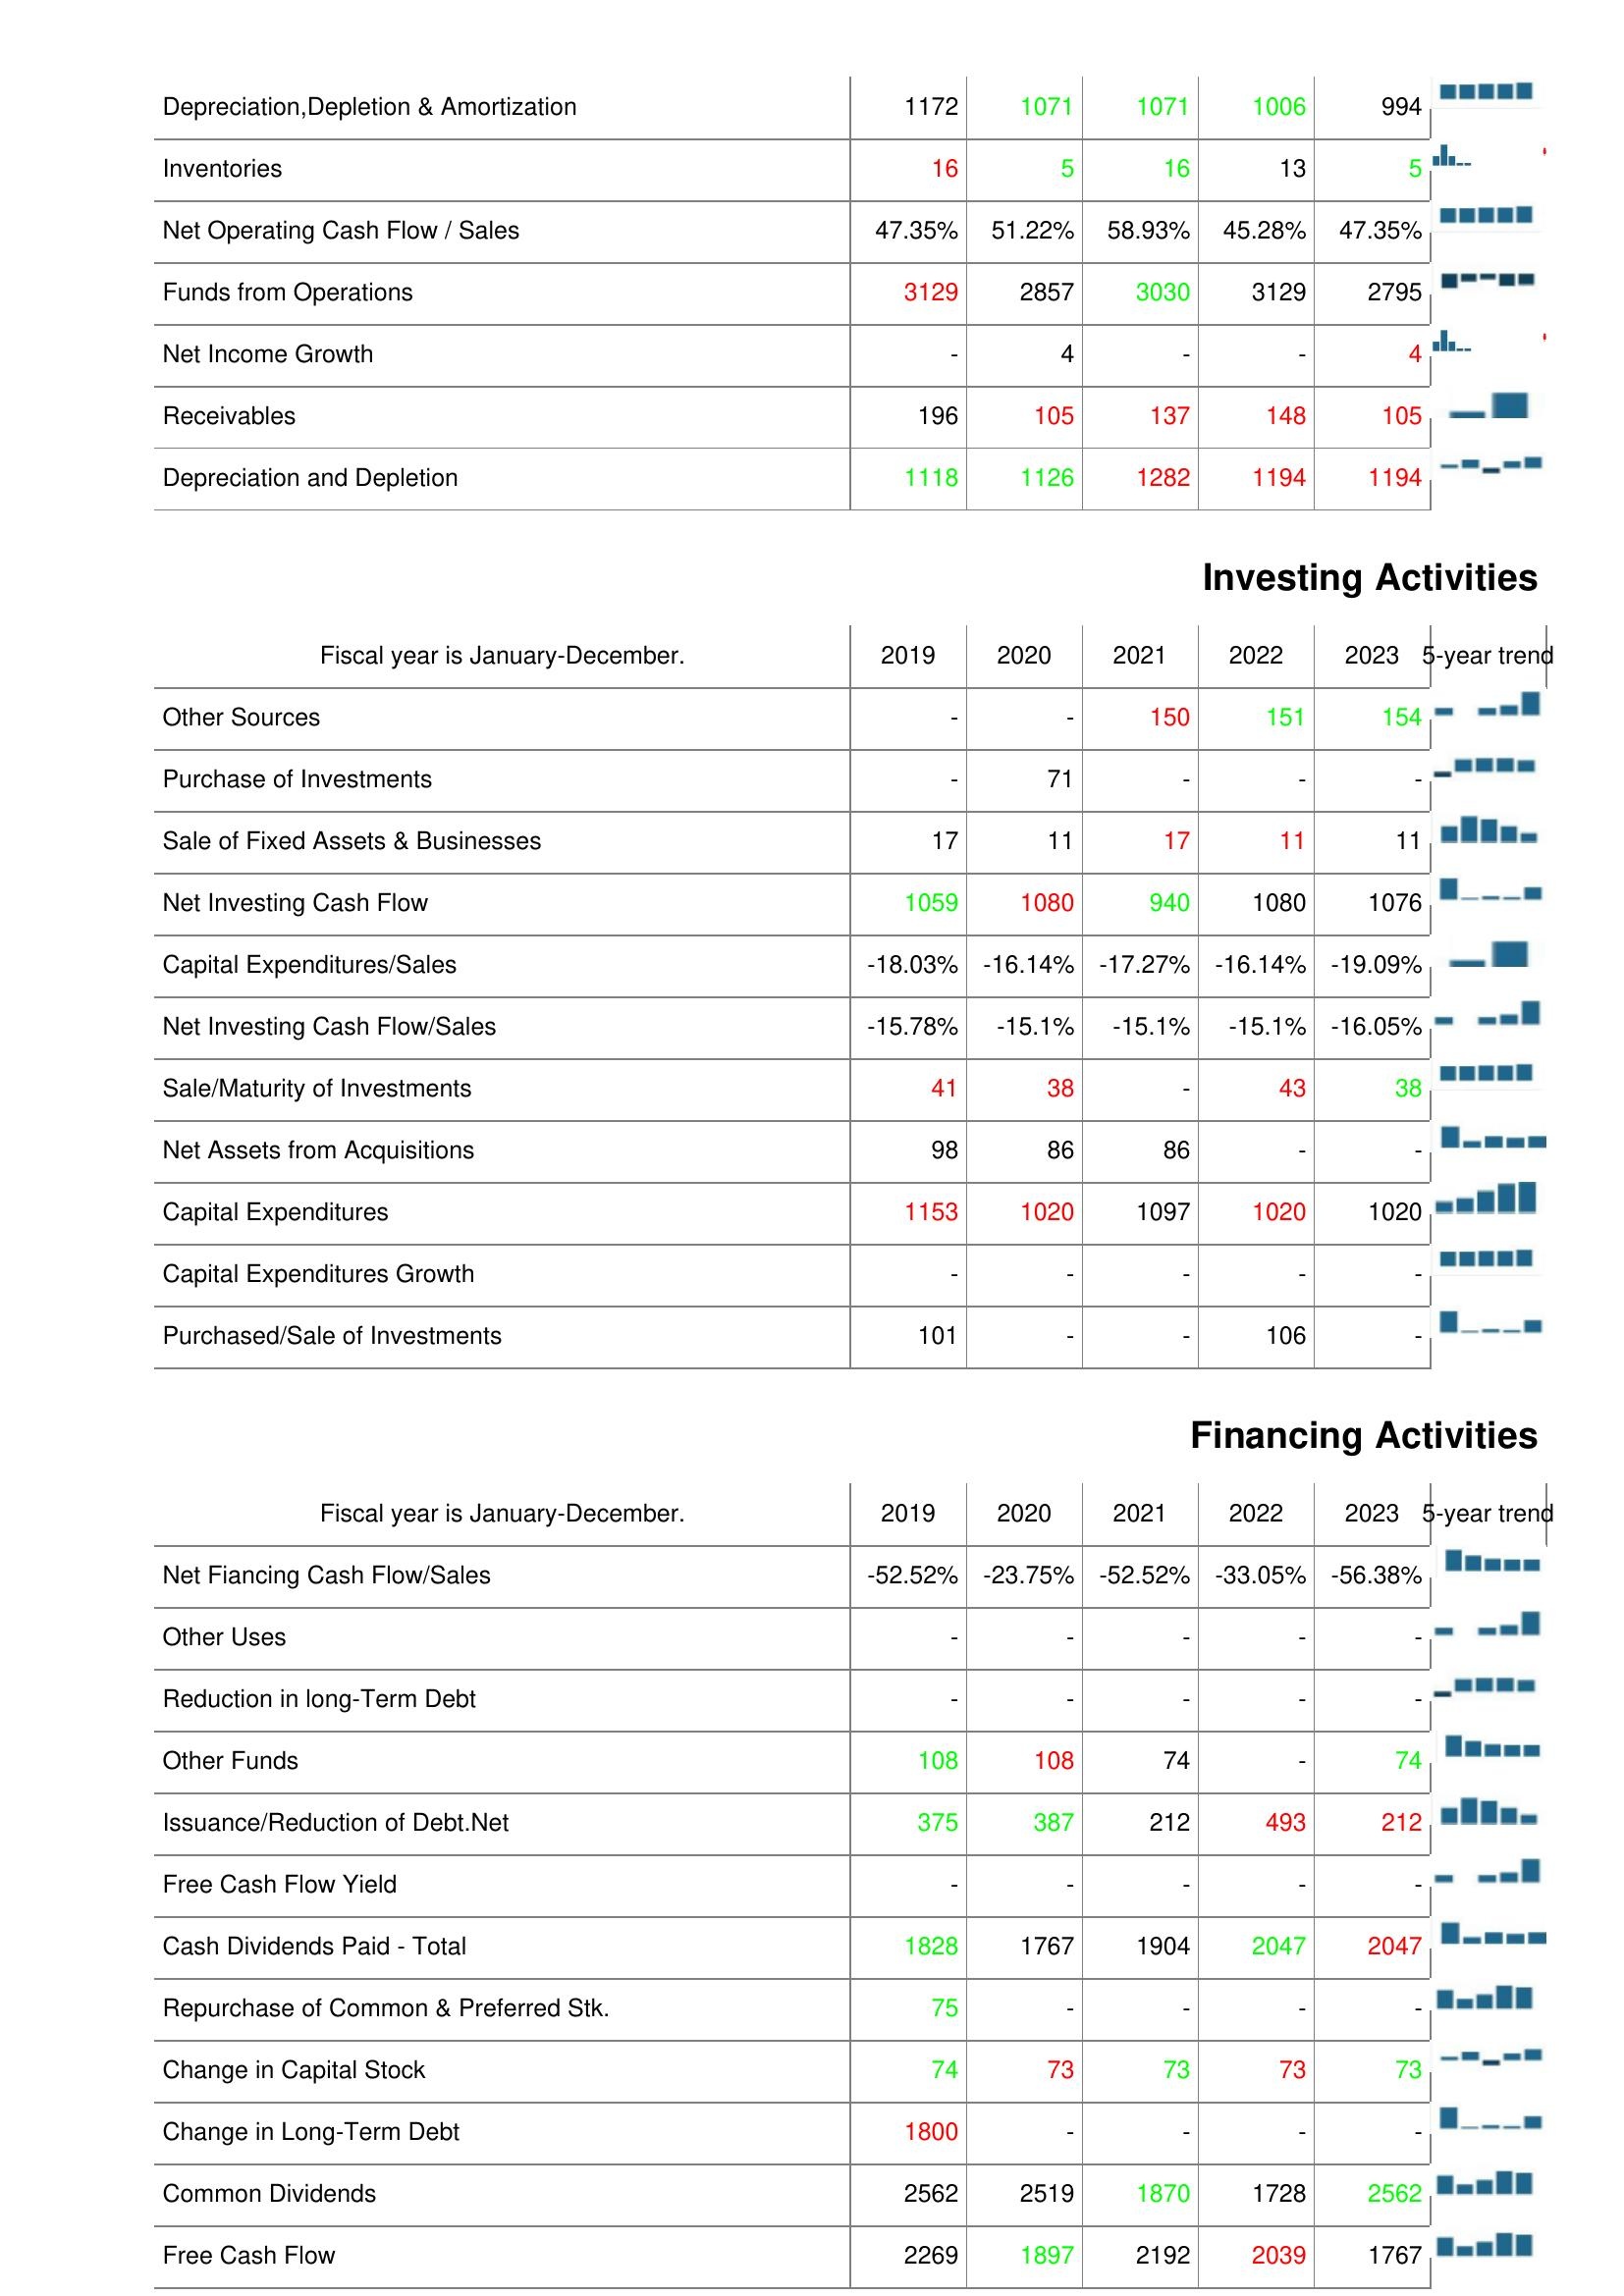
2019: Operating Activities: Depreciation,Depletion & Amortization: 1172
Inventories: 16
Net Operating Cash Flow / Sales: 47.35%
Funds from Operations: 3129
Net Income Growth: -
Receivables: 196
Depreciation and Depletion: 1118
Investing Activities: Other Sources: -
Purchase of Investments: -
Sale of Fixed Assets & Businesses: 17
Net Investing Cash Flow: 1059
Capital Expenditures/Sales: -18.03%
Net Investing Cash Flow/Sales: -15.78%
Sale/Maturity of Investments: 41
Net Assets from Acquisitions: 98
Capital Expenditures: 1153
Capital Expenditures Growth: -
Purchased/Sale of Investments: 101
Financing Activities: Net Fiancing Cash Flow/Sales: -52.52%
Other Uses: -
Reduction in long-Term Debt: -
Other Funds: 108
Issuance/Reduction of Debt.Net: 375
Free Cash Flow Yield: -
Cash Dividends Paid - Total: 1828
Repurchase of Common & Preferred Stk.: 75
Change in Capital Stock: 74
Change in Long-Term Debt: 1800
Common Dividends: 2562
Free Cash Flow: 2269
2020: Operating Activities: Depreciation,Depletion & Amortization: 1071
Inventories: 5
Net Operating Cash Flow / Sales: 51.22%
Funds from Operations: 2857
Net Income Growth: 4
Receivables: 105
Depreciation and Depletion: 1126
Investing Activities: Other Sources: -
Purchase of Investments: 71
Sale of Fixed Assets & Businesses: 11
Net Investing Cash Flow: 1080
Capital Expenditures/Sales: -16.14%
Net Investing Cash Flow/Sales: -15.1%
Sale/Maturity of Investments: 38
Net Assets from Acquisitions: 86
Capital Expenditures: 1020
Capital Expenditures Growth: -
Purchased/Sale of Investments: -
Financing Activities: Net Fiancing Cash Flow/Sales: -23.75%
Other Uses: -
Reduction in long-Term Debt: -
Other Funds: 108
Issuance/Reduction of Debt.Net: 387
Free Cash Flow Yield: -
Cash Dividends Paid - Total: 1767
Repurchase of Common & Preferred Stk.: -
Change in Capital Stock: 73
Change in Long-Term Debt: -
Common Dividends: 2519
Free Cash Flow: 1897
2021: Operating Activities: Depreciation,Depletion & Amortization: 1071
Inventories: 16
Net Operating Cash Flow / Sales: 58.93%
Funds from Operations: 3030
Net Income Growth: -
Receivables: 137
Depreciation and Depletion: 1282
Investing Activities: Other Sources: 150
Purchase of Investments: -
Sale of Fixed Assets & Businesses: 17
Net Investing Cash Flow: 940
Capital Expenditures/Sales: -17.27%
Net Investing Cash Flow/Sales: -15.1%
Sale/Maturity of Investments: -
Net Assets from Acquisitions: 86
Capital Expenditures: 1097
Capital Expenditures Growth: -
Purchased/Sale of Investments: -
Financing Activities: Net Fiancing Cash Flow/Sales: -52.52%
Other Uses: -
Reduction in long-Term Debt: -
Other Funds: 74
Issuance/Reduction of Debt.Net: 212
Free Cash Flow Yield: -
Cash Dividends Paid - Total: 1904
Repurchase of Common & Preferred Stk.: -
Change in Capital Stock: 73
Change in Long-Term Debt: -
Common Dividends: 1870
Free Cash Flow: 2192
2022: Operating Activities: Depreciation,Depletion & Amortization: 1006
Inventories: 13
Net Operating Cash Flow / Sales: 45.28%
Funds from Operations: 3129
Net Income Growth: -
Receivables: 148
Depreciation and Depletion: 1194
Investing Activities: Other Sources: 151
Purchase of Investments: -
Sale of Fixed Assets & Businesses: 11
Net Investing Cash Flow: 1080
Capital Expenditures/Sales: -16.14%
Net Investing Cash Flow/Sales: -15.1%
Sale/Maturity of Investments: 43
Net Assets from Acquisitions: -
Capital Expenditures: 1020
Capital Expenditures Growth: -
Purchased/Sale of Investments: 106
Financing Activities: Net Fiancing Cash Flow/Sales: -33.05%
Other Uses: -
Reduction in long-Term Debt: -
Other Funds: -
Issuance/Reduction of Debt.Net: 493
Free Cash Flow Yield: -
Cash Dividends Paid - Total: 2047
Repurchase of Common & Preferred Stk.: -
Change in Capital Stock: 73
Change in Long-Term Debt: -
Common Dividends: 1728
Free Cash Flow: 2039
2023: Operating Activities: Depreciation,Depletion & Amortization: 994
Inventories: 5
Net Operating Cash Flow / Sales: 47.35%
Funds from Operations: 2795
Net Income Growth: 4
Receivables: 105
Depreciation and Depletion: 1194
Investing Activities: Other Sources: 154
Purchase of Investments: -
Sale of Fixed Assets & Businesses: 11
Net Investing Cash Flow: 1076
Capital Expenditures/Sales: -19.09%
Net Investing Cash Flow/Sales: -16.05%
Sale/Maturity of Investments: 38
Net Assets from Acquisitions: -
Capital Expenditures: 1020
Capital Expenditures Growth: -
Purchased/Sale of Investments: -
Financing Activities: Net Fiancing Cash Flow/Sales: -56.38%
Other Uses: -
Reduction in long-Term Debt: -
Other Funds: 74
Issuance/Reduction of Debt.Net: 212
Free Cash Flow Yield: -
Cash Dividends Paid - Total: 2047
Repurchase of Common & Preferred Stk.: -
Change in Capital Stock: 73
Change in Long-Term Debt: -
Common Dividends: 2562
Free Cash Flow: 1767